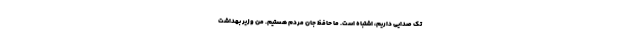
تک صدایی داریم، اشتباه است. ما حافظ جان مردم هستیم. من وزیر بهداشت